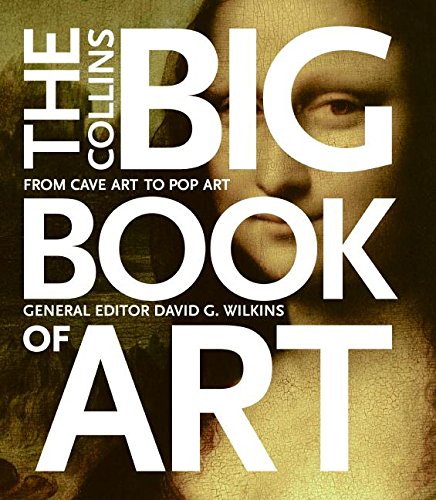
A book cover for The Collins Big Book of Art: From Cave Art to Pop Art; David G. Wilkins; Reference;